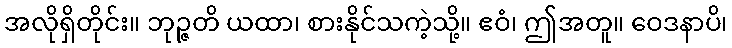
အလိုရှိတိုင်း။ ဘုဉ္ဇတိ ယထာ၊ စားနိုင်သကဲ့သို့။ ဧဝံ၊ ဤအတူ။ ဝေဒနာပိ၊